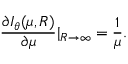
\frac { \partial I _ { \theta } ( \mu , R ) } { \partial \mu } | _ { R \rightarrow \infty } = \frac { 1 } { \mu } .